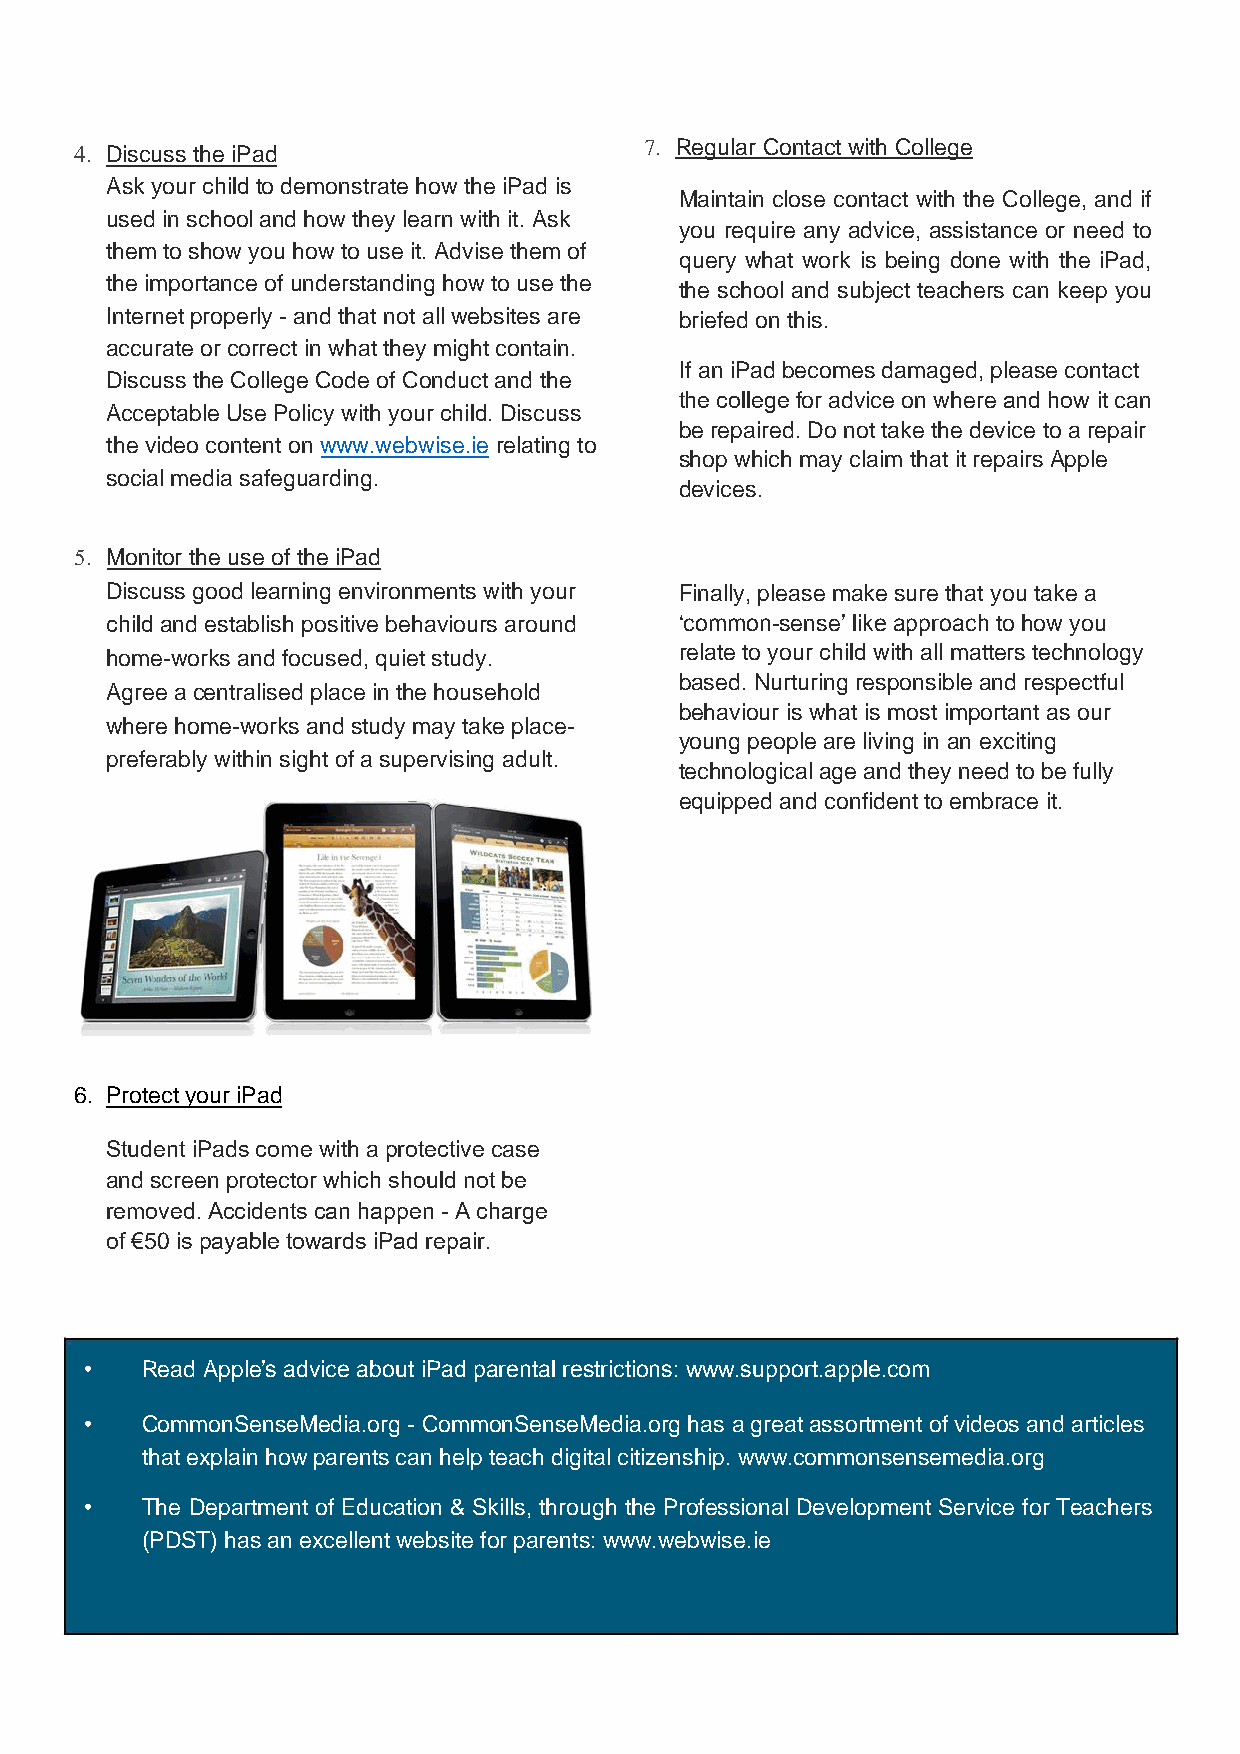
4. Discuss the iPad                   7. Regular Contact with College
 Ask your child to demonstrate how the iPad is
 Maintain close contact with the College, and if
 used in school and how they learn with it. Ask
 you require any advice, assistance or need to
 them to show you how to use it. Advise them of
 query what work is being done with the iPad,
 the importance of understanding how to use the
 the school and subject teachers can keep you
 Internet properly - and that not all websites are briefed on this.
 accurate or correct in what they might contain.
 If an iPad becomes damaged, please contact
 Discuss the College Code of Conduct and the
 the college for advice on where and how it can
 Acceptable Use Policy with your child. Discuss
 be repaired. Do not take the device to a repair
 the video content on www.webwise.ie relating to
 shop which may claim that it repairs Apple
 social media safeguarding.
 devices.
 5. Monitor the use of the iPad
 Discuss good learning environments with your Finally, please make sure that you take a
 child and establish positive behaviours around ‘common-sense’ like approach to how you
 home-works and focused, quiet study.  relate to your child with all matters technology
 based. Nurturing responsible and respectful
 Agree a centralised place in the household
 behaviour is what is most important as our
 where home-works and study may take place-
 young people are living in an exciting
 preferably within sight of a supervising adult.
 technological age and they need to be fully
 equipped and confident to embrace it.
 6. Protect your iPad
 Student iPads come with a protective case
 and screen protector which should not be
 removed. Accidents can happen - A charge
 of €50 is payable towards iPad repair.
 •  Read Apple’s advice about iPad parental restrictions: www.support.apple.com
 •  CommonSenseMedia.org - CommonSenseMedia.org has a great assortment of videos and articles
 that explain how parents can help teach digital citizenship. www.commonsensemedia.org
 •  The Department of Education & Skills, through the Professional Development Service for Teachers
 (PDST) has an excellent website for parents: www.webwise.ie